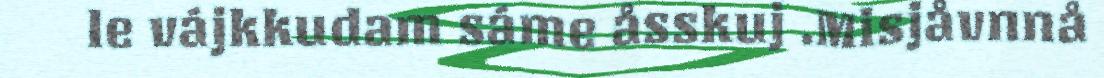
le vájkkudam sáme åsskuj .Misjåvnnå